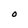
Character: O